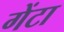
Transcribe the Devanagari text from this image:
गेंटा